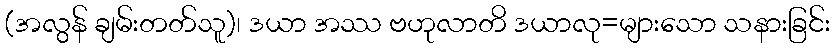
(အလွန် ချမ်းတတ်သူ)၊ ဒယာ အဿ ဗဟုလာတိ ဒယာလု=များသော သနားခြင်း